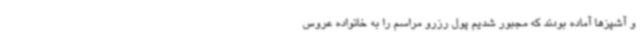
و آشپزها آماده بودند که مجبور شدیم پول رزرو مراسم را به خانواده عروس